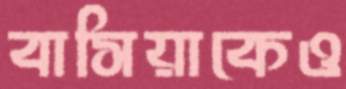
বাসিয়াকেও